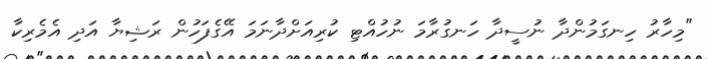
"މިހާރު ހިނގަމުންދާ ނުސީދާ ހަނގުރާމަ ނުހުއްޓި ކުރިއަށްދާނަމަ އޭގެފަހުން ރަޝިޔާ އަދި އެމެރިކާ